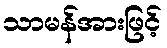
သာမန်အားဖြင့်